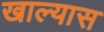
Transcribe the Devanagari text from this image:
खाल्यास